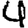
Digit: 4